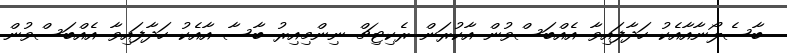
ބާސެލޯނާއާއެކު ހަދާފައިވާ އެއްބަސްވުން އާކުރަން ރެކިޓިޗް ނިންމިއިރު ބާސާ އާއެކު ހަދާފައިވާ އެއްބަސްވުން